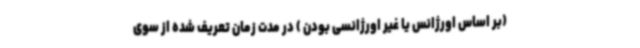
(بر اساس اورژانس یا غیر اورژانسی بودن ) در مدت زمان تعریف شده از سوی